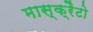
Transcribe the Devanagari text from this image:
मास्क्रैटो